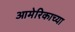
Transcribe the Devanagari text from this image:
आमेरिकाच्या